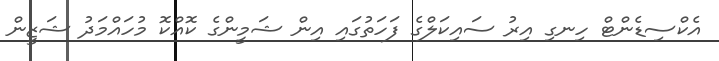
އެކްސިޑެންޓް ހިނގި އިރު ސައިކަލްގެ ފަހަތުގައި އިން ޝަމީންގެ ކޮއްކޮ މުހައްމަދު ޝަޒީން